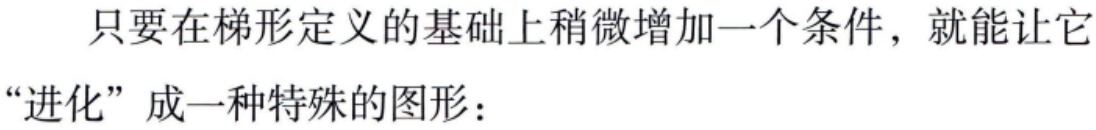
只要在梯形定义的基础上稍微增加一个条件，就能让它“进化”成一种特殊的图形：